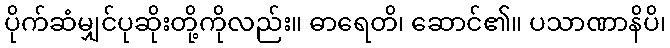
ပိုက်ဆံမျှင်ပုဆိုးတို့ကိုလည်း။ ဓာရေတိ၊ ဆောင်၏။ ပသာဏာနိပိ၊